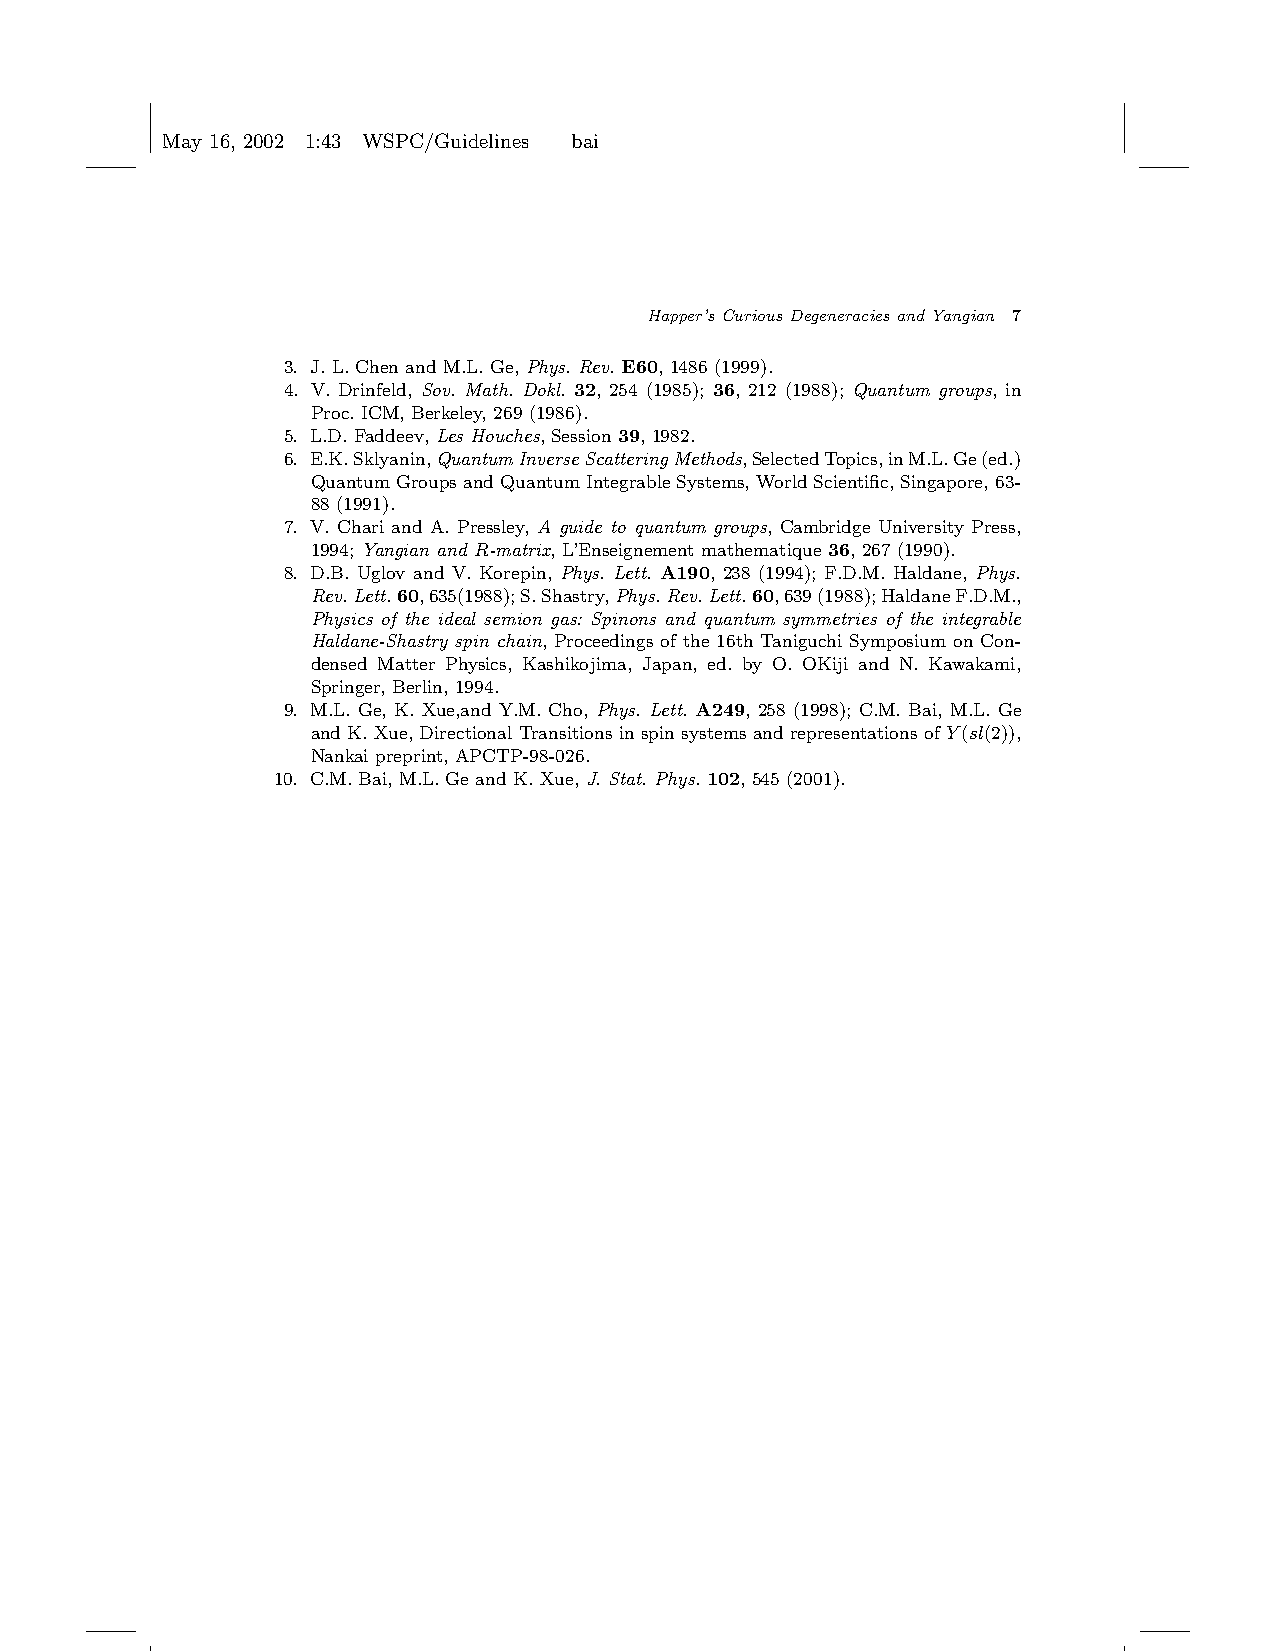
May 16, 2002 1:43 WSPC/Guidelines bai
 Happer’s Curious Degeneracies and Yangian 7
 3. J. L. Chen and M.L. Ge, Phys. Rev. E60, 1486 (1999).
 4. V. Drinfeld, Sov. Math. Dokl. 32, 254 (1985); 36, 212 (1988); Quantum groups, in
 Proc. ICM, Berkeley, 269 (1986).
 5. L.D. Faddeev, Les Houches, Session 39, 1982.
 6. E.K.Sklyanin,QuantumInverseScatteringMethods,SelectedTopics,inM.L.Ge(ed.)
 Quantum Groups and Quantum Integrable Systems,World Scientific, Singapore, 63-
 88 (1991).
 7. V. Chari and A. Pressley, A guide to quantum groups, Cambridge University Press,
 1994; Yangian and R-matrix, L’Enseignement mathematique 36, 267 (1990).
 8. D.B. Uglov and V. Korepin, Phys. Lett. A190, 238 (1994); F.D.M. Haldane, Phys.
 Rev.Lett.60,635(1988);S.Shastry,Phys.Rev.Lett.60,639(1988);HaldaneF.D.M.,
 Physics of the ideal semion gas: Spinons and quantum symmetries of the integrable
 Haldane-Shastry spin chain, Proceedings of the 16th Taniguchi Symposium on Con-
 densed Matter Physics, Kashikojima, Japan, ed. by O. OKiji and N. Kawakami,
 Springer, Berlin, 1994.
 9. M.L. Ge, K. Xue,and Y.M. Cho, Phys. Lett. A249, 258 (1998); C.M. Bai, M.L. Ge
 and K. Xue, Directional Transitions in spin systems and representations of Y(sl(2)),
 Nankai preprint, APCTP-98-026.
 10. C.M. Bai, M.L. Ge and K. Xue, J. Stat. Phys. 102, 545 (2001).